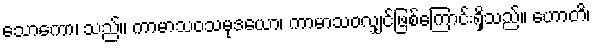
သောကော၊ သည်။ ကာမာသဝသမုဒယော၊ ကာမာသဝလျှင်ဖြစ်ကြောင်းရှိသည်။ ဟောတိ၊